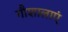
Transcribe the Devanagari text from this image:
गौशालाएं